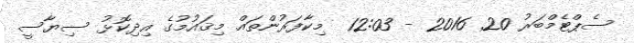
ސެޕްޓެމްބަރު 20